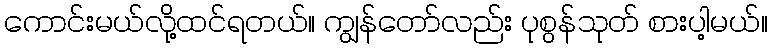
ကောင်းမယ်လို့ထင်ရတယ်။ ကျွန်တော်လည်း ပုစွန်သုတ် စားပါ့မယ်။